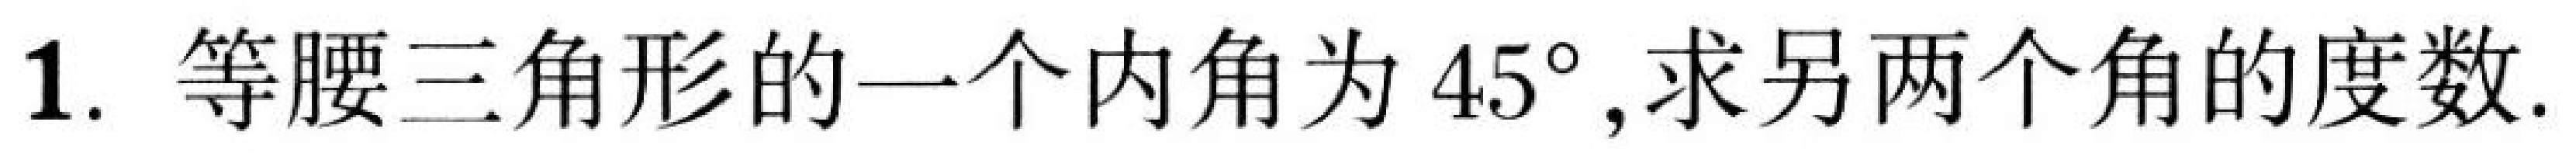
1. 等腰三角形的一个内角为$45^{\circ}$,求另两个角的度数.